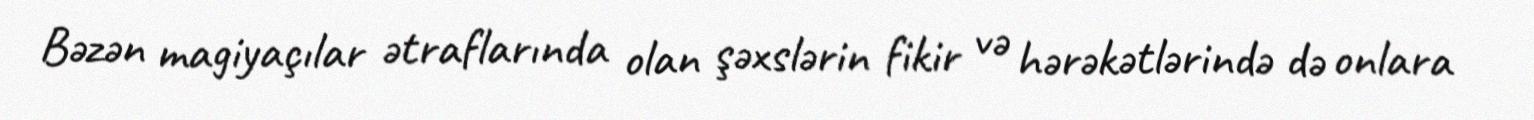
Bəzən magiyaçılar ətraflarında olan şəxslərin fikir və hərəkətlərində də onlara